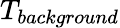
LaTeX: T_{background}